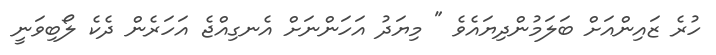
ހުރެ ޒައިންއަށް ބަލަމުންދިޔައެވެ " މިޔަދު އަހަންނަށް އެނގިއްޖެ އަހަރެން ދެކެ ލޯބިވަނީ